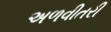
અળવીતરી